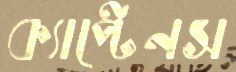
ক্যাপ্টেনস